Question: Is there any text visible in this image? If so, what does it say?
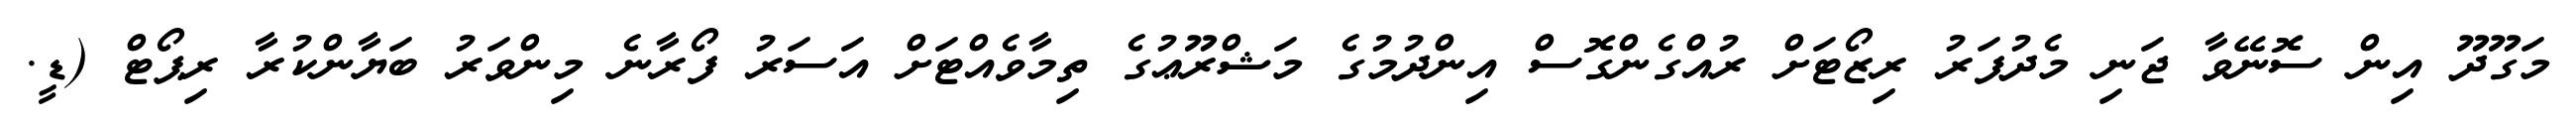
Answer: މަގޫދޫ އިން ސޮނޭވާ ޖަނި މެދުފަރު ރިޒޯޓަށް ރުއްގެންގޮސް އިންދުމުގެ މަޝްރޫޢުގެ ތިމާވެއްޓަށް އަސަރު ފޯރާނެ މިންވަރު ބަޔާންކުރާ ރިޕޯޓް (ޑީ.